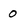
Character: 0